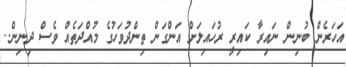
އަހަރެން ބުނިން ނައިރާ ކައިރީ ރުހައިލަށް އަންގަން ތިންދުވަހުގެ މުއްދަތެއް ވެސް ދިނިން..